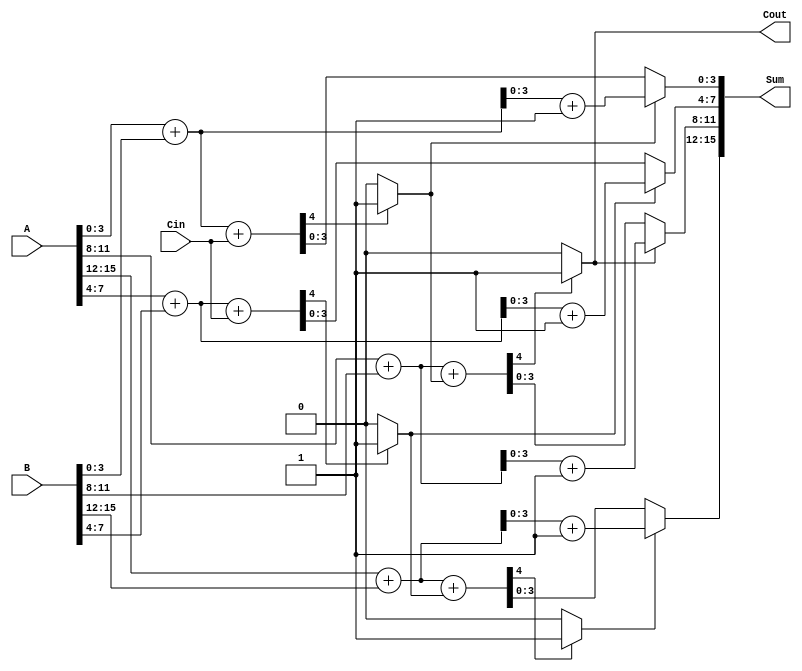
module Dynamic_Carry_Select_Adder #(
    parameter N = 16, // Total bits
    parameter M = 4   // Size of each block
)(
    input [N-1:0] A,      // First operand
    input [N-1:0] B,      // Second operand
    input Cin,            // Input carry
    output [N-1:0] Sum,   // Output sum
    output Cout           // Output carry
);

// Calculate number of blocks
localparam num_blocks = N / M;

// Internal signals
wire [(M-1):0] block_sum_0 [0:num_blocks-1]; // Sums for carry-in = 0
wire [(M-1):0] block_sum_1 [0:num_blocks-1]; // Sums for carry-in = 1
wire [num_blocks-1:0] block_cout_0;           // Carries out for carry-in = 0
wire [num_blocks-1:0] block_cout_1;           // Carries out for carry-in = 1
wire [num_blocks-1:0] carry_select;            // Carry select signals
wire [num_blocks:0] carry;                      // Internal carry signals

// Generate the carries for all blocks
generate
    genvar i;
    for (i = 0; i < num_blocks; i = i + 1) begin : adder_block
        if (i == 0) begin
            // First block logic (includes Cin)
            assign {block_cout_0[i], block_sum_0[i]} = A[M-1:0] + B[M-1:0] + Cin;
            assign {block_cout_1[i], block_sum_1[i]} = A[M-1:0] + B[M-1:0] + 1'b1;
        end else begin
            // Subsequent blocks (uses carry from previous block)
            assign {block_cout_0[i], block_sum_0[i]} = A[(i+1)*M-1:i*M] + B[(i+1)*M-1:i*M] + carry[i];
            assign {block_cout_1[i], block_sum_1[i]} = A[(i+1)*M-1:i*M] + B[(i+1)*M-1:i*M] + 1'b1;
        end

        // Carry select between two block carries
        assign carry[i+1] = (i == 0) ? Cin : carry_select[i-1];
        assign carry_select[i] = block_cout_0[i] ? 1'b1 : 1'b0; // Select carry based on Cout_0
    end
endgenerate

// Final carry out selection
assign Cout = carry[num_blocks];

// Concatenate sum from each block
generate
    for (i = 0; i < num_blocks; i = i + 1) begin : concat_sum
        assign Sum[i*M +: M] = carry_select[i] ? block_sum_1[i] : block_sum_0[i];
    end
endgenerate

endmodule